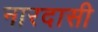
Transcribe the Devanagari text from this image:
नारदासी